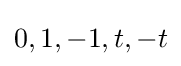
0,1,-1,t,-t